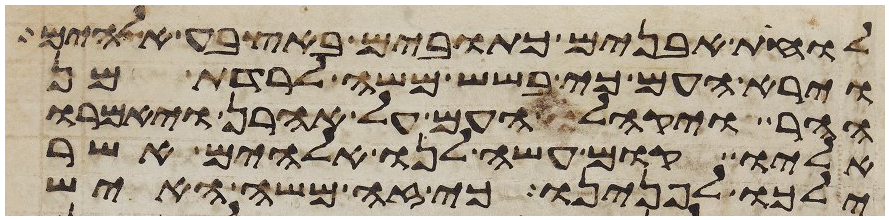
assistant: לוחת אבנים כתובים באצבע אלהים
וירא העם כי בשש משה לרדת מן
ההר ויקהל העם על אהרן ויאמרו
אליו קום עשה לנו אלהים אשר
ילכו לפנינו כי זה משה האיש